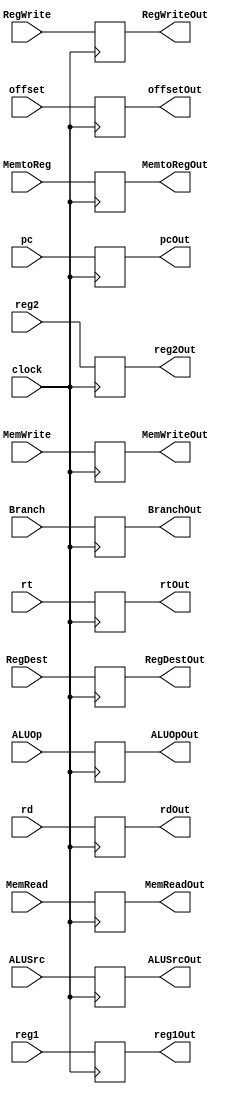
module IDEXreg ( pcOut, reg1Out, reg2Out, offsetOut, rtOut, rdOut, RegDestOut, ALUOpOut, ALUSrcOut, BranchOut, MemReadOut, MemWriteOut, RegWriteOut,MemtoRegOut, pc, reg1, reg2, offset, rt, rd, RegDest, ALUOp, ALUSrc, Branch, MemRead, MemWrite, RegWrite,MemtoReg, clock);

output reg [31:0] pcOut, reg1Out, reg2Out, offsetOut;
output reg [4:0] rtOut, rdOut;
output reg [0:1] ALUOpOut;
output reg RegDestOut, ALUSrcOut, BranchOut, MemReadOut, MemWriteOut, RegWriteOut,MemtoRegOut; 

input [31:0] pc, reg1, reg2, offset;
input [4:0] rt, rd;
input [0:1] ALUOp;
input RegDest, ALUSrc, Branch, MemRead, MemWrite, RegWrite,MemtoReg, clock; 
always@(posedge clock)
begin
pcOut=pc;
reg1Out=reg1;
reg2Out=reg2;
offsetOut=offset;
rtOut=rt;
rdOut=rd;
ALUOpOut=ALUOp;
RegDestOut=RegDest;
ALUSrcOut=ALUSrc;
BranchOut=Branch;
MemReadOut=MemRead;
MemWriteOut=MemWrite;
RegWriteOut=RegWrite;
MemtoRegOut=MemtoReg;
end
endmodule